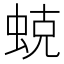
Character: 𱿣